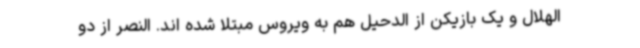
الهلال و یک بازیکن از الدحیل هم به ویروس مبتلا شده اند. النصر از دو